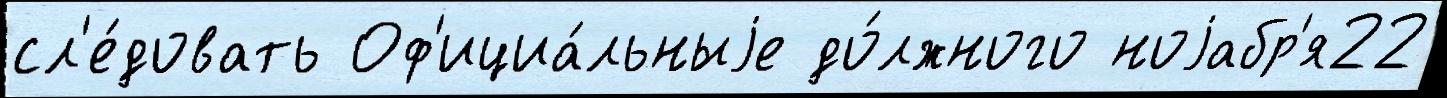
сл'е́довать Оф'ициа́льныjе до́лжного ноjабр'я22